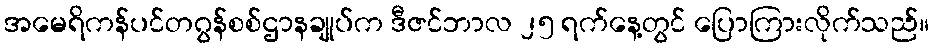
အမေရိကန်ပင်တဂွန်စစ်ဌာနချုပ်က ဒီဇင်ဘာလ ၂၅ ရက်နေ့တွင် ပြောကြားလိုက်သည်။